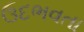
ઉદભવતા